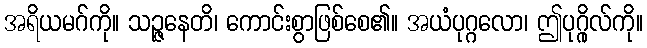
အရိယမဂ်ကို။ သဉ္ဇနေတိ၊ ကောင်းစွာဖြစ်စေ၏။ အယံပုဂ္ဂလော၊ ဤပုဂ္ဂိုလ်ကို။